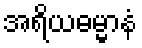
အရိယဓမ္မာနံ